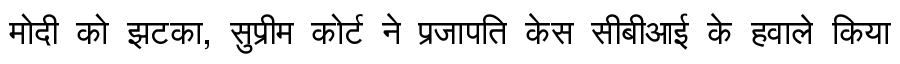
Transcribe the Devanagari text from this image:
मोदी को झटका, सुप्रीम कोर्ट ने प्रजापति केस सीबीआई के हवाले किया